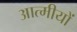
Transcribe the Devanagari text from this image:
आत्मीयों